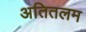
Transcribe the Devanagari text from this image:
अतितलम